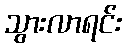
သွားလာရင်း